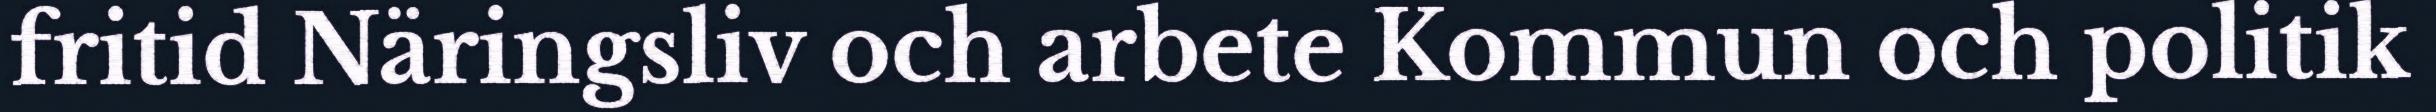
fritid Näringsliv och arbete Kommun och politik